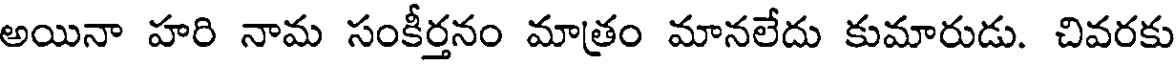
అయినా హరి నామ సంకీర్తనం మాత్రం మానలేదు కుమారుడు. చివరకు